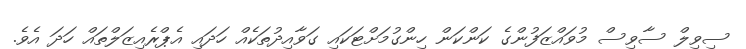
ސިވިލް ސާވިސް މުވައްޒަފުންގެ ކަންކަން ހިންގުމަށްޓަކައި ގަވާއިދުތަކެއް ހަދައި އެޕްރެއިޒަލްތައް ހަދަ އެވެ.